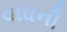
વાઘની